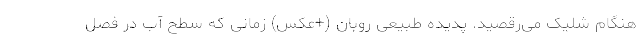
هنگام شلیک می‌رقصید. پدیده طبیعی روبان (+عکس) زمانی که سطح آب در فصل